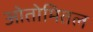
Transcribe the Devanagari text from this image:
ओतोमितल